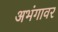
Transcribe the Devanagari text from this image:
अभंगावर